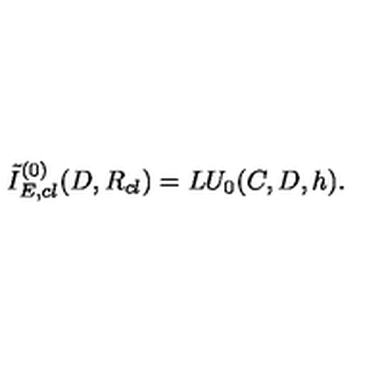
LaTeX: { \tilde { I } } _ { E , c l } ^ { ( 0 ) } ( D , R _ { c l } ) = L U _ { 0 } ( C , D , h ) .